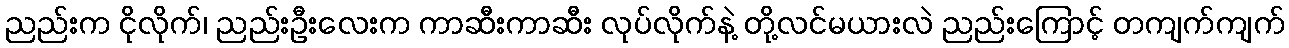
ညည်းက ငိုလိုက်၊ ညည်းဦးလေးက ကာဆီးကာဆီး လုပ်လိုက်နဲ့ တို့လင်မယားလဲ ညည်းကြောင့် တကျက်ကျက်